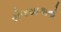
રોગચાળાનો